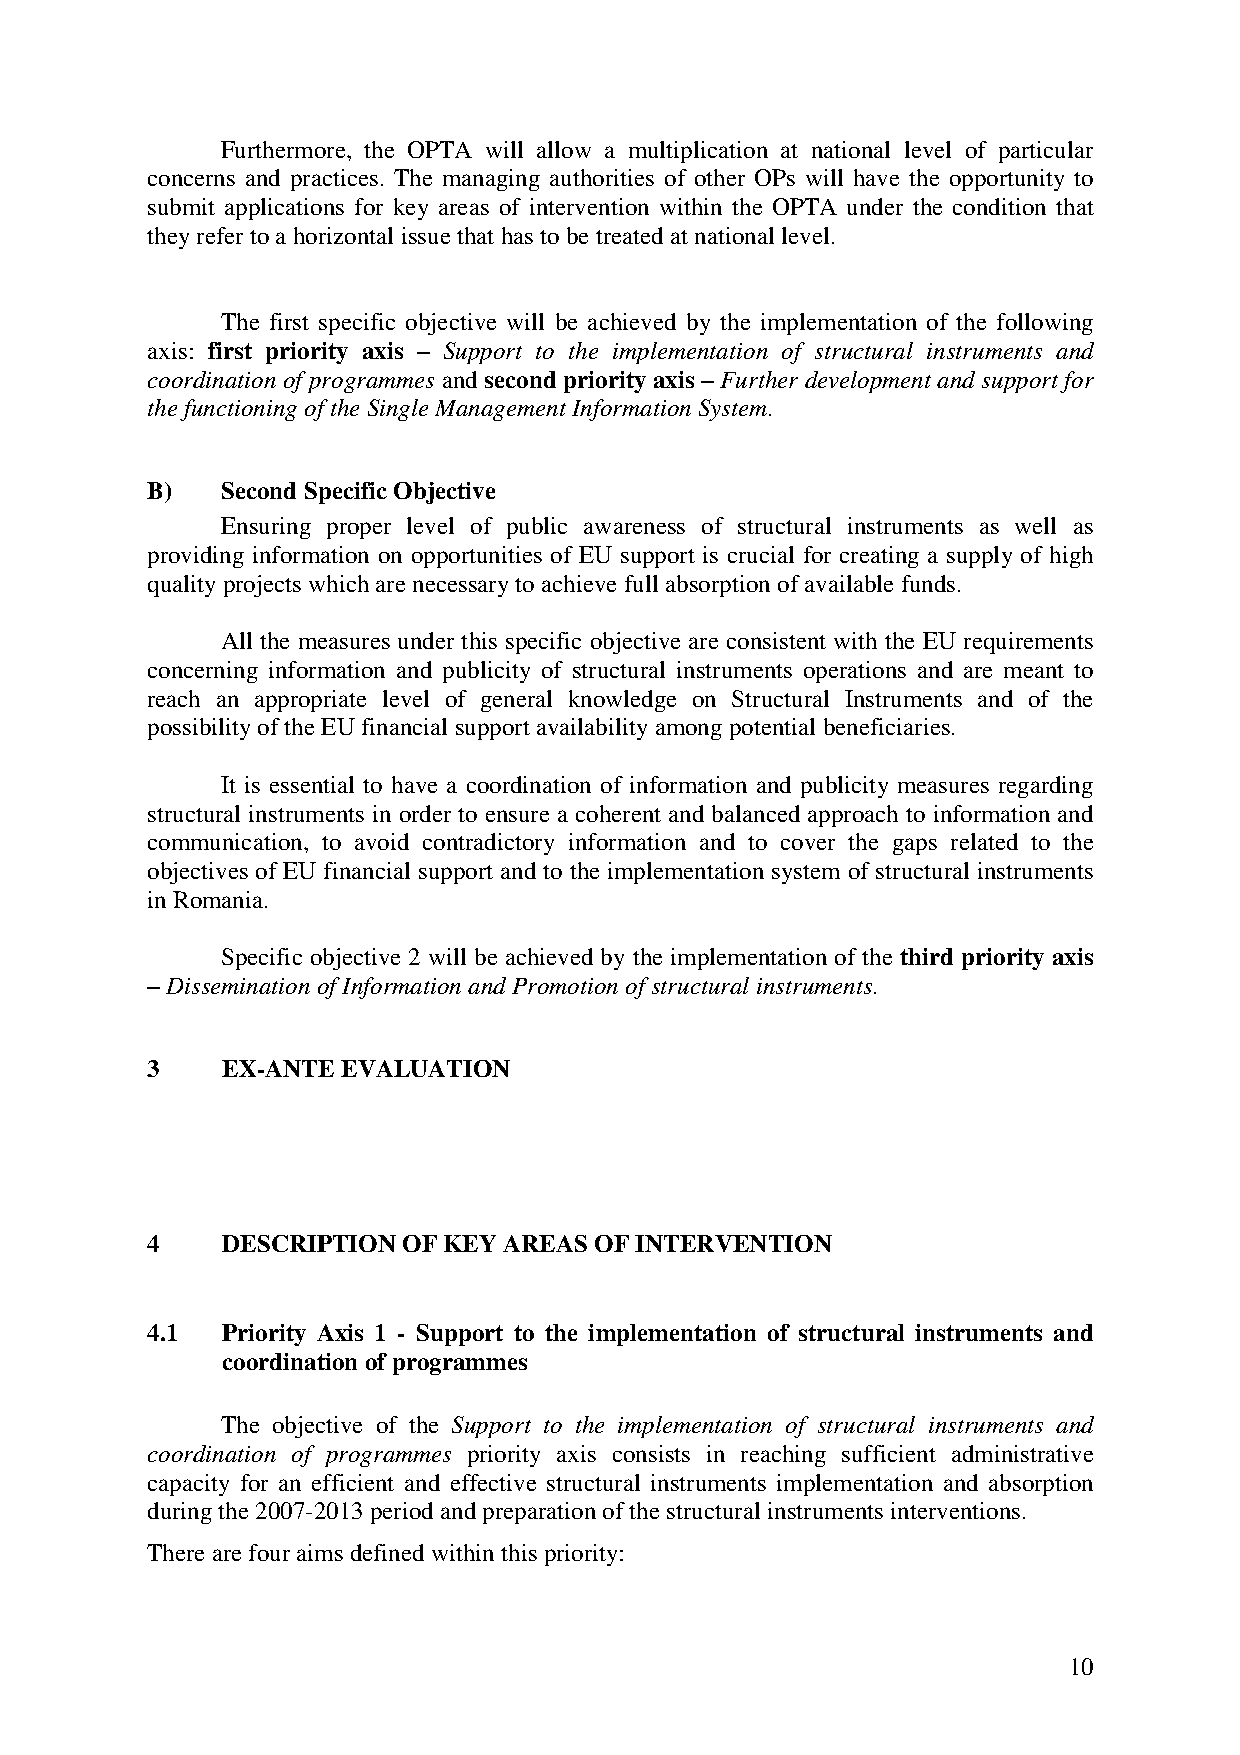
Furthermore, the OPTA will allow a multiplication at national level of particular
 concerns and practices. The managing authorities of other OPs will have the opportunity to
 submit applications for key areas of intervention within the OPTA under the condition that
 they refer to a horizontal issue that has to be treated at national level.
 The first specific objective will be achieved by the implementation of the following
 axis: first priority axis – Support to the implementation of structural instruments and
 coordination of programmes and second priority axis – Further development and support for
 the functioning of the Single Management Information System.
 B)   Second Specific Objective
 Ensuring proper level of public awareness of structural instruments as well as
 providing information on opportunities of EU support is crucial for creating a supply of high
 quality projects which are necessary to achieve full absorption of available funds.
 All the measures under this specific objective are consistent with the EU requirements
 concerning information and publicity of structural instruments operations and are meant to
 reach an appropriate level of general knowledge on Structural Instruments and of the
 possibility of the EU financial support availability among potential beneficiaries.
 It is essential to have a coordination of information and publicity measures regarding
 structural instruments in order to ensure a coherent and balanced approach to information and
 communication, to avoid contradictory information and to cover the gaps related to the
 objectives of EU financial support and to the implementation system of structural instruments
 in Romania.
 Specific objective 2 will be achieved by the implementation of the third priority axis
 – Dissemination of Information and Promotion of structural instruments.
 3    EX-ANTE EVALUATION
 4    DESCRIPTION OF KEY AREAS OF INTERVENTION
 4.1  Priority Axis 1 - Support to the implementation of structural instruments and
 coordination of programmes
 The objective of the Support to the implementation of structural instruments and
 coordination of programmes priority axis consists in reaching sufficient administrative
 capacity for an efficient and effective structural instruments implementation and absorption
 during the 2007-2013 period and preparation of the structural instruments interventions.
 There are four aims defined within this priority:
 10